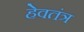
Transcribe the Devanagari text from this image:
हेवतंत्र